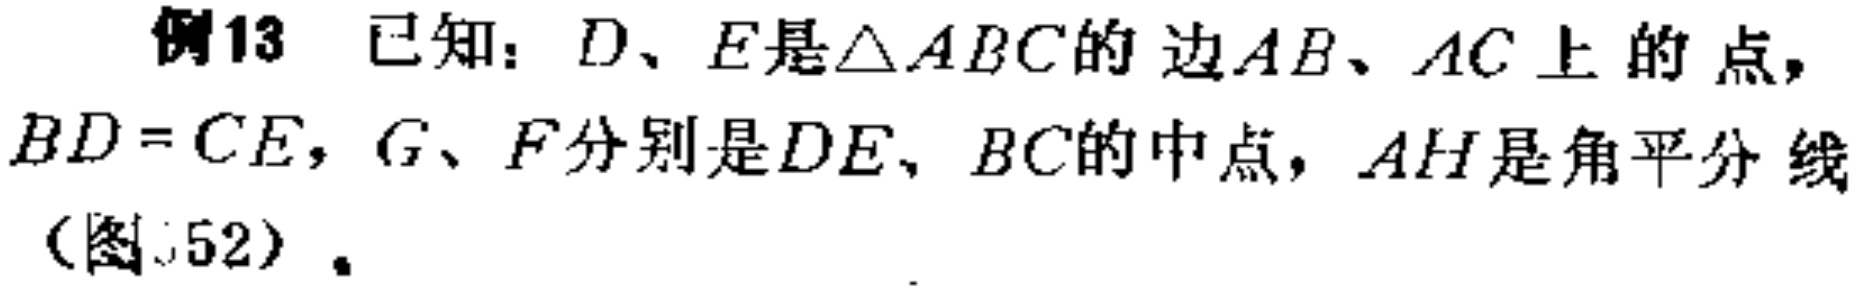
例13 已知：$D、E$是$\triangle ABC$的边$AB、AC$上的点，$BD = CE$，$G、F$分别是$DE、BC$的中点，$AH$是角平分线（图52）.